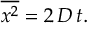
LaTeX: { \overline { { x ^ { 2 } } } } = 2 \, D \, t .